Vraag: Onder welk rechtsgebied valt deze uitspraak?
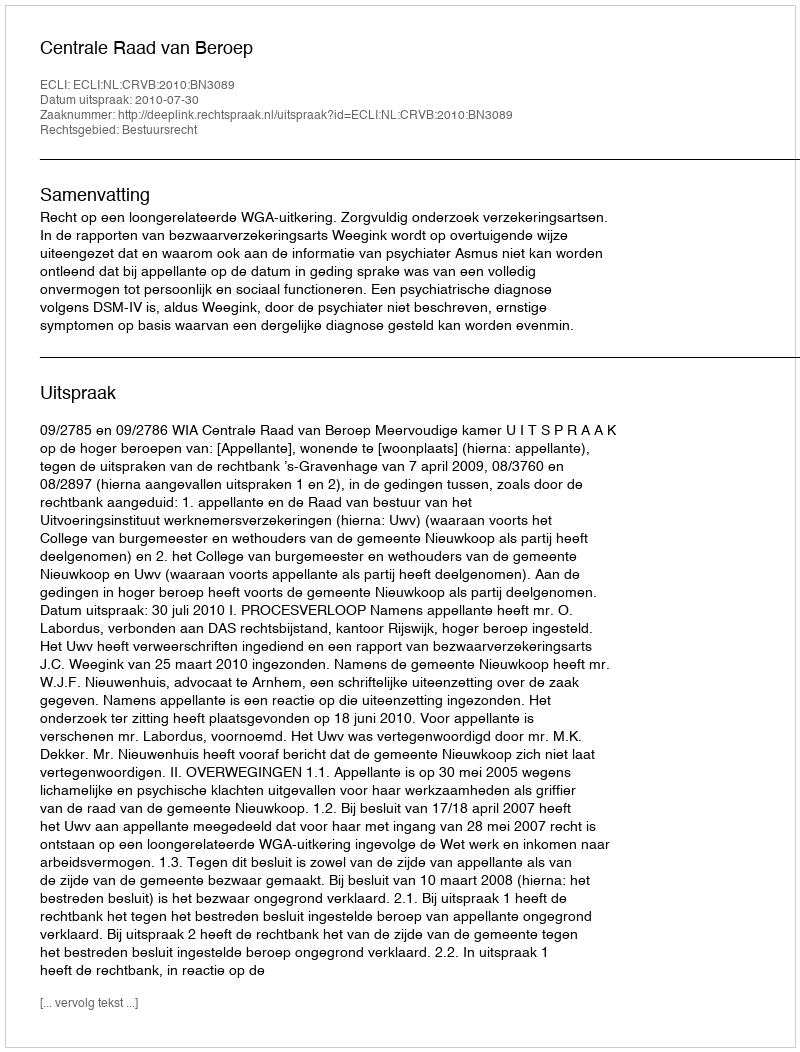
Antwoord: Bestuursrecht